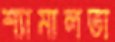
শ্যামালতা